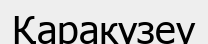
Қаракүзеу